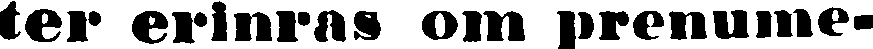
ter erinras om prenume-